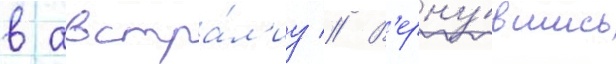
в австра́л'иу // В'ерну́вшись